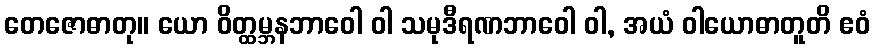
တေဇောဓာတု။ ယော ဝိတ္ထမ္ဘနဘာဝေါ ဝါ သမုဒီရဏဘာဝေါ ဝါ, အယံ ဝါယောဓာတူတိ ဧဝံ